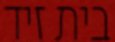
בית זיד